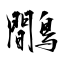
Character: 鷼